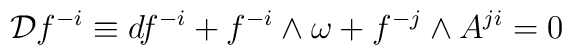
{\cal D} f^{-i} \equiv d  f^{-i} +  f^{-i} \wedge \omega +  f^{-j} \wedge A^{ji} = 0